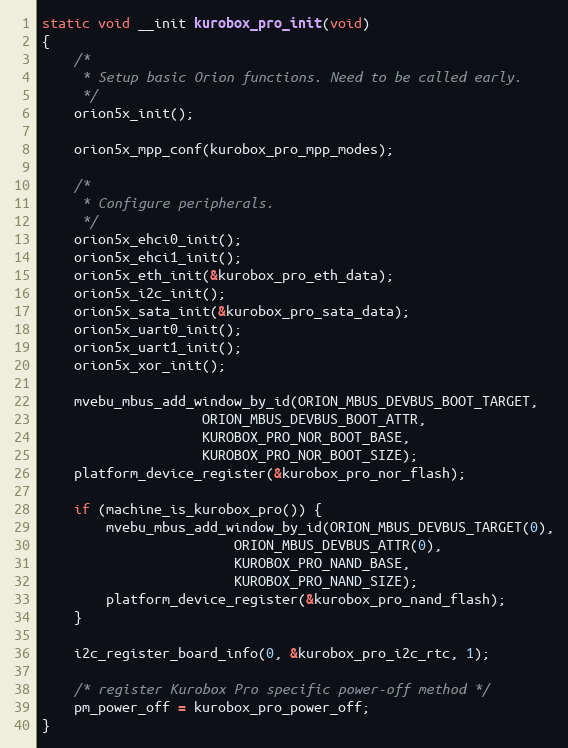
Language: C
static void __init kurobox_pro_init(void)
{
	/*
	 * Setup basic Orion functions. Need to be called early.
	 */
	orion5x_init();

	orion5x_mpp_conf(kurobox_pro_mpp_modes);

	/*
	 * Configure peripherals.
	 */
	orion5x_ehci0_init();
	orion5x_ehci1_init();
	orion5x_eth_init(&kurobox_pro_eth_data);
	orion5x_i2c_init();
	orion5x_sata_init(&kurobox_pro_sata_data);
	orion5x_uart0_init();
	orion5x_uart1_init();
	orion5x_xor_init();

	mvebu_mbus_add_window_by_id(ORION_MBUS_DEVBUS_BOOT_TARGET,
				    ORION_MBUS_DEVBUS_BOOT_ATTR,
				    KUROBOX_PRO_NOR_BOOT_BASE,
				    KUROBOX_PRO_NOR_BOOT_SIZE);
	platform_device_register(&kurobox_pro_nor_flash);

	if (machine_is_kurobox_pro()) {
		mvebu_mbus_add_window_by_id(ORION_MBUS_DEVBUS_TARGET(0),
					    ORION_MBUS_DEVBUS_ATTR(0),
					    KUROBOX_PRO_NAND_BASE,
					    KUROBOX_PRO_NAND_SIZE);
		platform_device_register(&kurobox_pro_nand_flash);
	}

	i2c_register_board_info(0, &kurobox_pro_i2c_rtc, 1);

	/* register Kurobox Pro specific power-off method */
	pm_power_off = kurobox_pro_power_off;
}